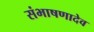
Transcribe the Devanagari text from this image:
संभाषणादेव